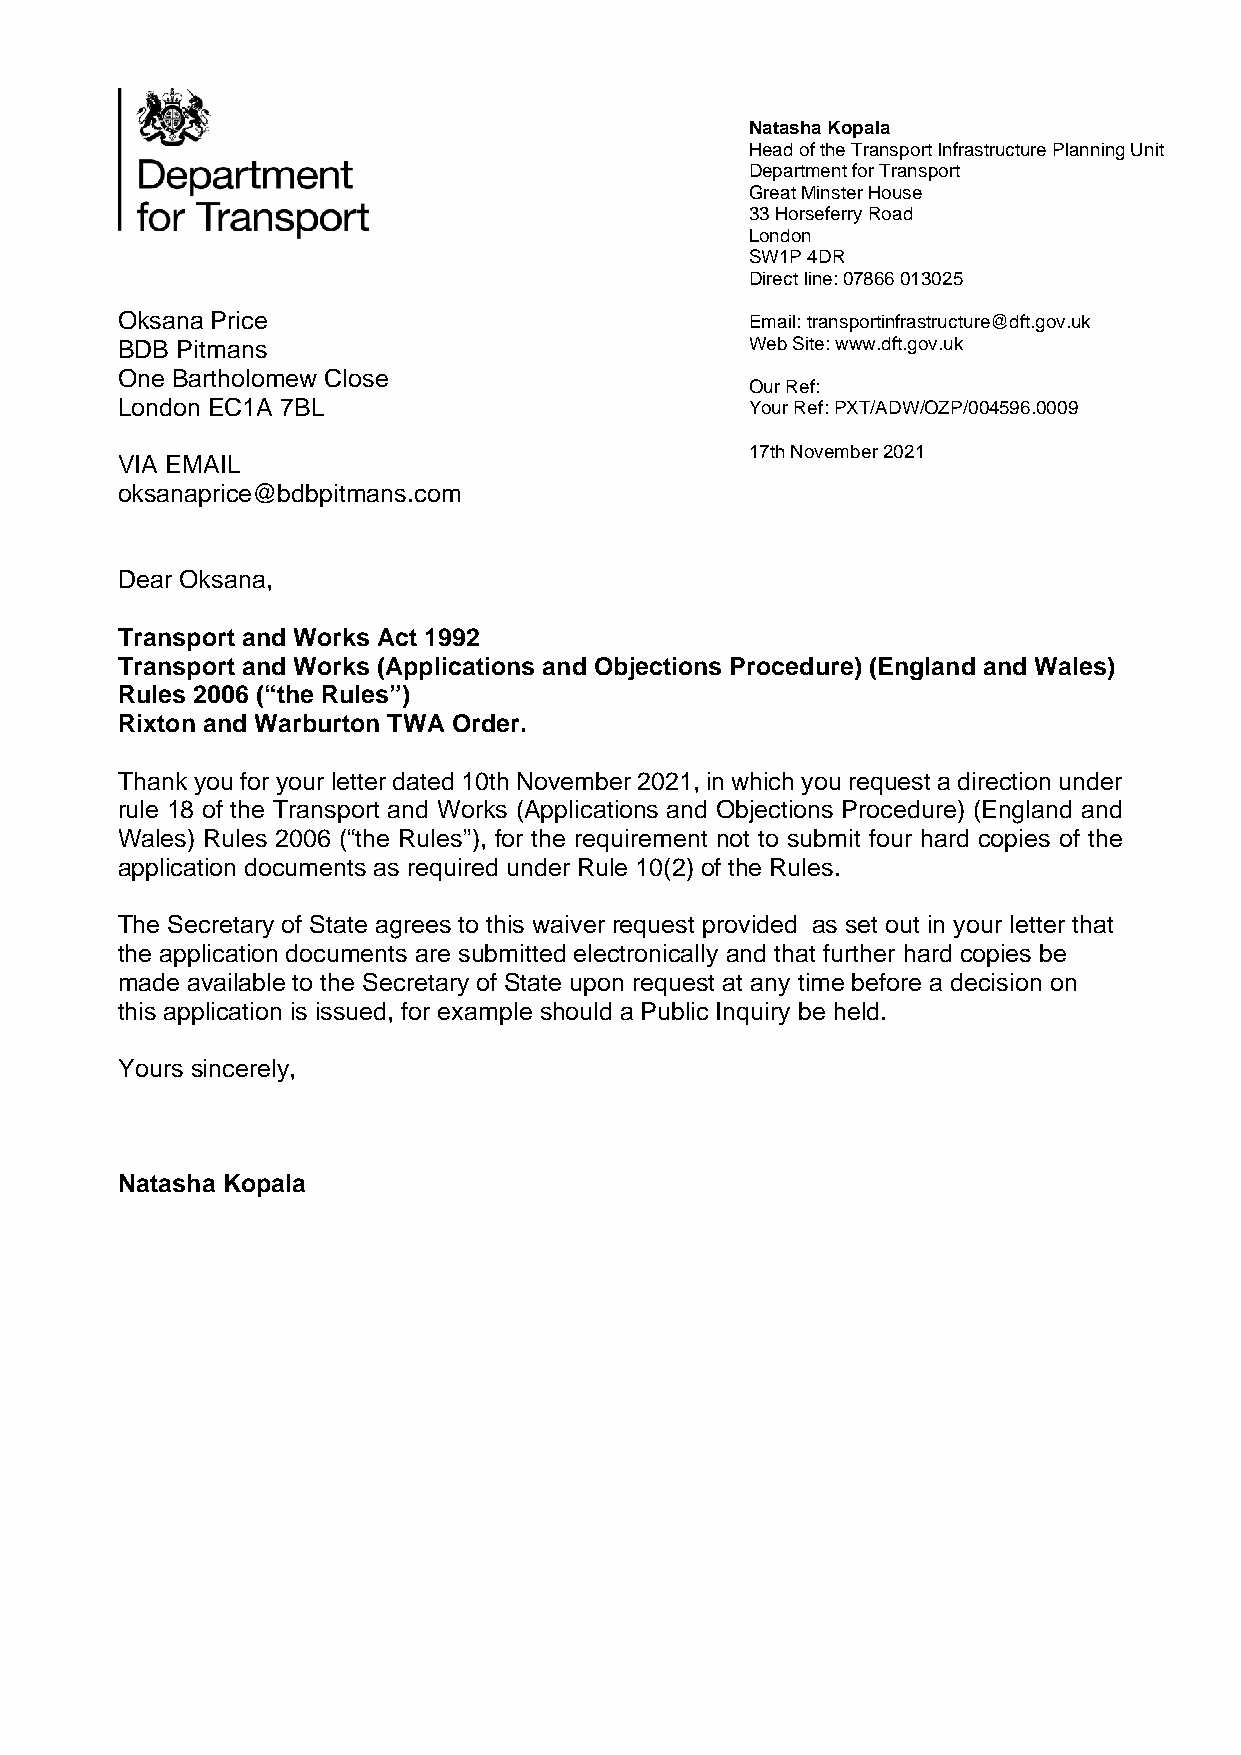
Natasha Kopala
 Head of the Transport Infrastructure Planning Unit
 Department for Transport
 Great Minster House
 33 Horseferry Road
 London
 SW1P 4DR
 Direct line: 07866 013025
 Oksana Price                              Email: transportinfrastructure@dft.gov.uk
 BDB Pitmans                               Web Site: www.dft.gov.uk
 One Bartholomew Close
 Our Ref:
 London EC1A 7BL                           Your Ref: PXT/ADW/OZP/004596.0009
 17th November 2021
 VIA EMAIL
 oksanaprice@bdbpitmans.com
 Dear Oksana,
 Transport and Works Act 1992
 Transport and Works (Applications and Objections Procedure) (England and Wales)
 Rules 2006 (“the Rules”)
 Rixton and Warburton TWA Order.
 Thank you for your letter dated 10th November 2021, in which you request a direction under
 rule 18 of the Transport and Works (Applications and Objections Procedure) (England and
 Wales) Rules 2006 (“the Rules”), for the requirement not to submit four hard copies of the
 application documents as required under Rule 10(2) of the Rules.
 The Secretary of State agrees to this waiver request provided as set out in your letter that
 the application documents are submitted electronically and that further hard copies be
 made available to the Secretary of State upon request at any time before a decision on
 this application is issued, for example should a Public Inquiry be held.
 Yours sincerely,
 Natasha Kopala